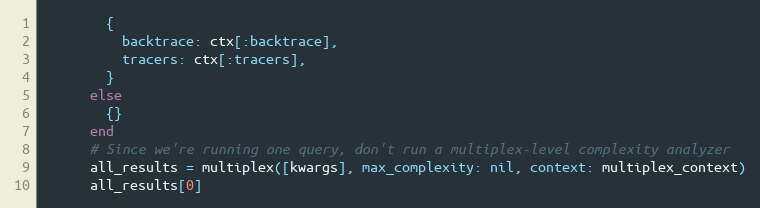
Language: Ruby
        {
          backtrace: ctx[:backtrace],
          tracers: ctx[:tracers],
        }
      else
        {}
      end
      # Since we're running one query, don't run a multiplex-level complexity analyzer
      all_results = multiplex([kwargs], max_complexity: nil, context: multiplex_context)
      all_results[0]